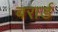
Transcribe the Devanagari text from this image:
बरार्ड